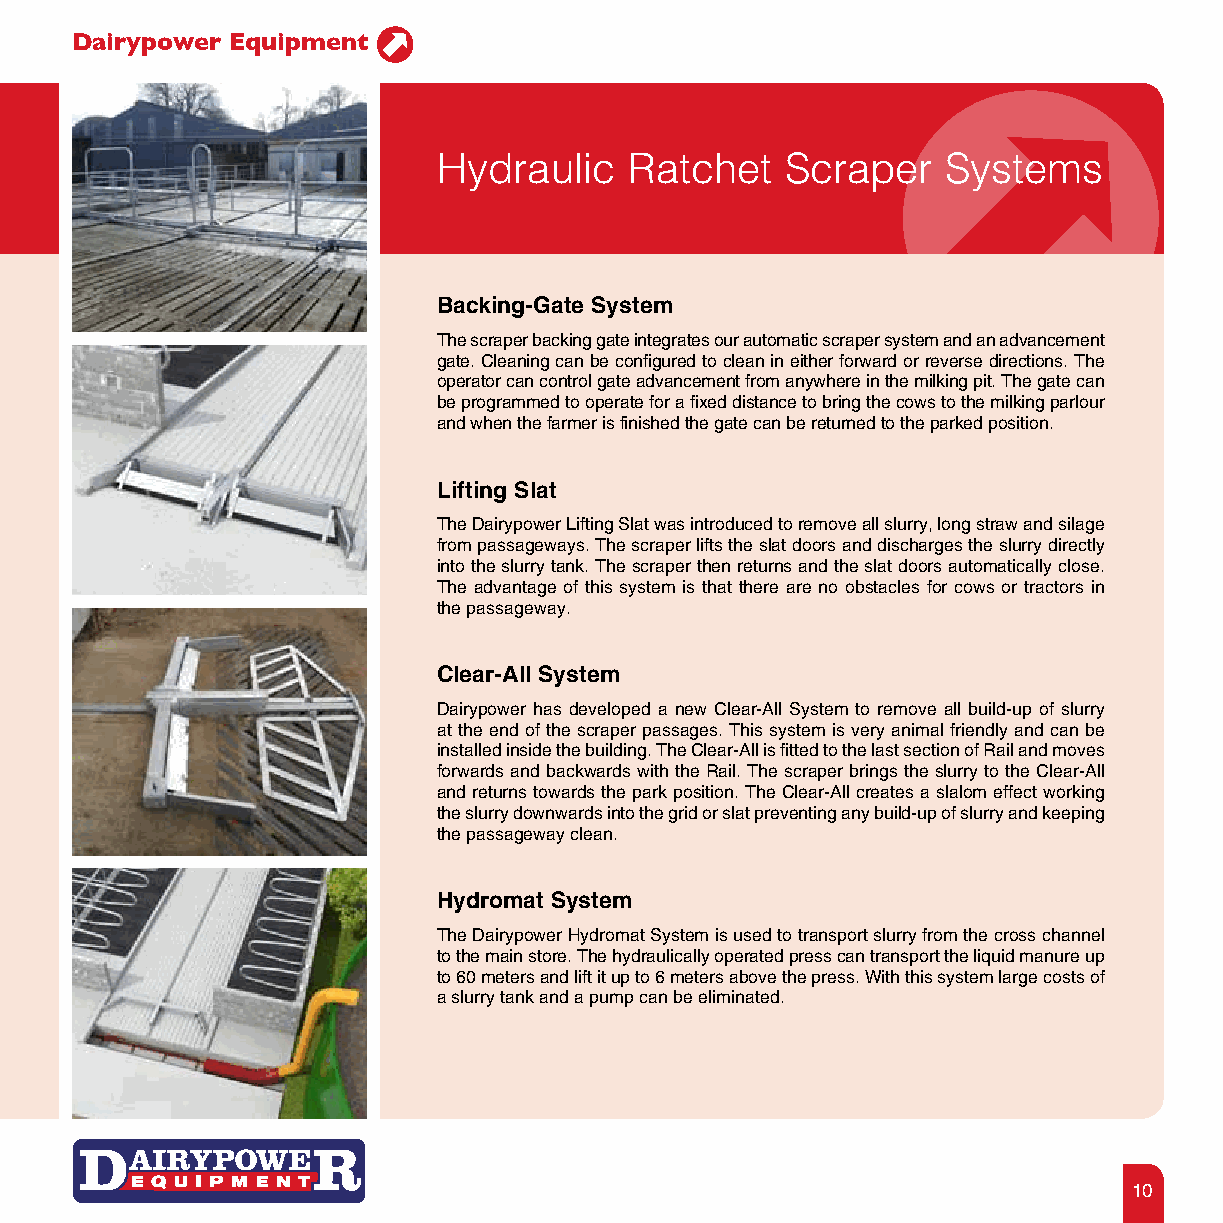
Dairypower Equipment
 Hydraulic    Ratchet   Scraper    Systems
 Backing-Gate System
 The scraper backing gate integrates our automatic scraper system and an advancement
 gate. Cleaning can be configured to clean in either forward or reverse directions. The
 operator can control gate advancement from anywhere in the milking pit. The gate can
 be programmed to operate for a fixed distance to bring the cows to the milking parlour
 and when the farmer is finished the gate can be returned to the parked position.
 Lifting Slat
 The Dairypower Lifting Slat was introduced to remove all slurry, long straw and silage
 from passageways. The scraper lifts the slat doors and discharges the slurry directly
 into the slurry tank. The scraper then returns and the slat doors automatically close.
 The advantage of this system is that there are no obstacles for cows or tractors in
 the passageway.
 Clear-All System
 Dairypower has developed a new Clear-All System to remove all build-up of slurry
 at the end of the scraper passages. This system is very animal friendly and can be
 installed inside the building. The Clear-All is fitted to the last section of Rail and moves
 forwards and backwards with the Rail. The scraper brings the slurry to the Clear-All
 and returns towards the park position. The Clear-All creates a slalom effect working
 the slurry downwards into the grid or slat preventing any build-up of slurry and keeping
 the passageway clean.
 Hydromat System
 The Dairypower Hydromat System is used to transport slurry from the cross channel
 to the main store. The hydraulically operated press can transport the liquid manure up
 to 60 meters and lift it up to 6 meters above the press. With this system large costs of
 a slurry tank and a pump can be eliminated.
 10